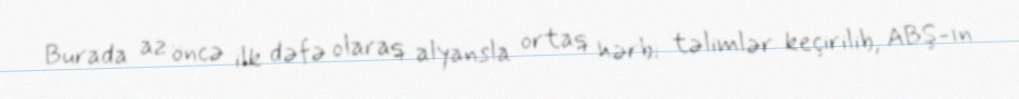
Burada az öncə ilk dəfə olaraq alyansla ortaq hərbi təlimlər keçirilib, ABŞ-ın